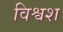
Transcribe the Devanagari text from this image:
विश्वश